Indian journal of veterinary science and animal husbandry - Volume 9,
Year: 1939
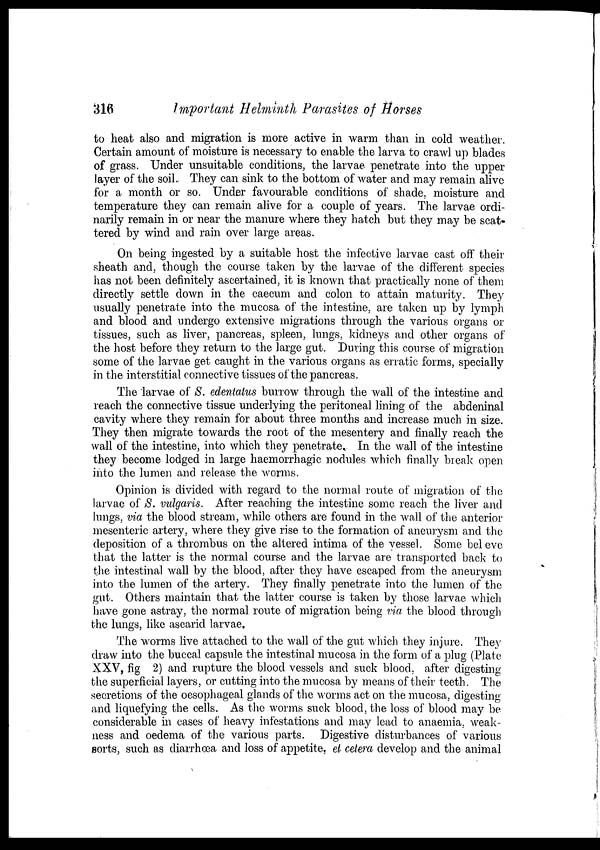
316
Important Helminth Parasites of Horses
to heat also and migration is more active in warm than in cold weather.
Certain amount of moisture is necessary to enable the larva to crawl up blades
of grass. Under unsuitable conditions, the larvae penetrate into the upper
layer of the soil. They can sink to the bottom of water and may remain alive
for a month or so. Under favourable conditions of shade, moisture and
temperature they can remain alive for a couple of years. The larvae ordi-
narily remain in or near the manure where they hatch but they may be scat-
tered by wind and rain over large areas.
On being ingested by a suitable host the infective larvae cast off their
sheath and, though the course taken by the larvae of the different species
has not been definitely ascertained, it is known that practically none of them
directly settle down in the caecum and colon to attain maturity. They
usually penetrate into the mucosa of the intestine, are taken up by lymph
and blood and undergo extensive migrations through the various organs or
tissues, such as liver, pancreas, spleen, lungs, kidneys and other organs of
the host before they return to the large gut. During this course of migration
some of the larvae get caught in the various organs as erratic forms, specially
in the interstitial connective tissues of the pancreas.
The larvae of S. edentatus burrow through the wall of the intestine and
reach the connective tissue underlying the peritoneal lining of the abdeninal
cavity where they remain for about three months and increase much in size.
They then migrate towards the root of the mesentery and finally reach the
wall of the intestine, into which they penetrate. In the wall of the intestine
they become lodged in large haemorrhagic nodules which finally break open
into the lumen and release the worms.
Opinion is divided with regard to the normal route of migration of the
larvae of S. vulgaris. After reaching the intestine some reach the liver and
lungs, via the blood stream, while others are found in the wall of the anterior
mesenteric artery, where they give rise to the formation of aneurysm and the
deposition of a thrombus on the altered intima of the vessel. Some bel eve
that the latter is the normal course and the larvae are transported back to
the intestinal wall by the blood, after they have escaped from the aneurysm
into the lumen of the artery. They finally penetrate into the lumen of the
gut. Others maintain that the latter course is taken by those larvae which
have gone astray, the normal route of migration being via the blood through
the lungs, like ascarid larvae.
The worms live attached to the wall of the gut which they injure. They
draw into the buccal capsule the intestinal mucosa in the form of a plug (Plate
XXV, fig 2) and rupture the blood vessels and suck blood, after digesting
the superficial layers, or cutting into the mucosa by means of their teeth. The
secretions of the oesophageal glands of the worms act on the mucosa, digesting
and liquefying the cells. As the worms suck blood, the loss of blood may be
considerable in cases of heavy infestations and may lead to anaemia, weak-
ness and oedema of the various parts. Digestive disturbances of various
sorts, such as diarrhoea and loss of appetite, et cetera develop and the animal